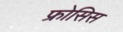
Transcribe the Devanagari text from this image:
फ्रोसिस